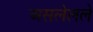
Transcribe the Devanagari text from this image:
असलेलले